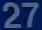
27